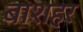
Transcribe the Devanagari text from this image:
बाशहर